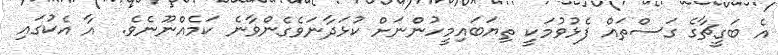
އެ ބަގީޗާގެ ގަސްތައް ފެޅުވުމަކީ ތިޔަބައިމީހުންނަށް ކުޅަދާނަވެގެންވާނެ ކަމެއްނޫނެވެ.  އާ އެކުގައި